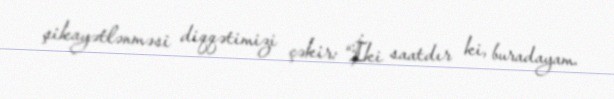
şikayətlənməsi diqqətimizi çəkir: “İki saatdır ki, buradayam.